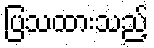
ပြသထားသည့်